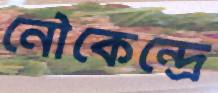
নৌকেন্দ্রে